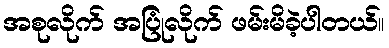
အစုလိုက် အပြုံလိုက် ဖမ်းမိခဲ့ပါတယ်။